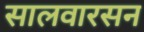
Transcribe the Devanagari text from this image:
सालवारसन